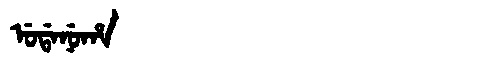
Manchu: ᡠᡩᠠᠨᡠᡥᠠ
Romanization: UDANUHA